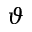
\vartheta